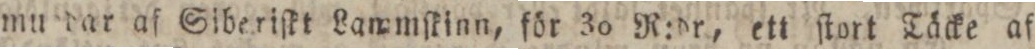
mu dar af Siberiſkt Lammſkinn, för 30 R:dr, ett ſtort Täcke af